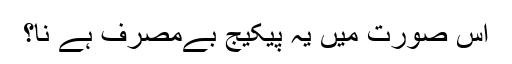
اس صورت میں یہ پیکیج بےمصرف ہے نا؟